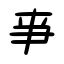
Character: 亊